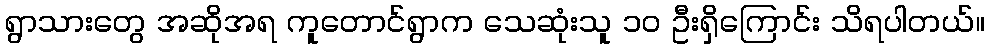
ရွာသားတွေ အဆိုအရ ကူတောင်ရွာက သေဆုံးသူ ၁၀ ဦးရှိကြောင်း သိရပါတယ်။